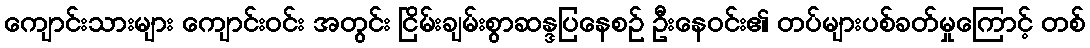
ကျောင်းသားများ ကျောင်းဝင်း အတွင်း ငြိမ်းချမ်းစွာဆန္ဒပြနေစဉ် ဦးနေဝင်း၏ တပ်များပစ်ခတ်မှုကြောင့် တစ်